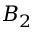
B _ { 2 }